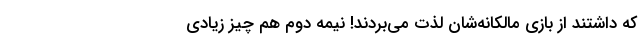
که داشتند از بازی مالکانه‌شان لذت می‌بردند! نیمه دوم هم چیز زیادی